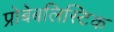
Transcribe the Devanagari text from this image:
प्रोबेबलिस्टिक